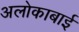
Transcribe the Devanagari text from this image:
अलोकाबाई